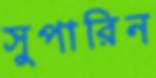
সুপারিন